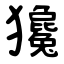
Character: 㺥